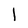
Character: l